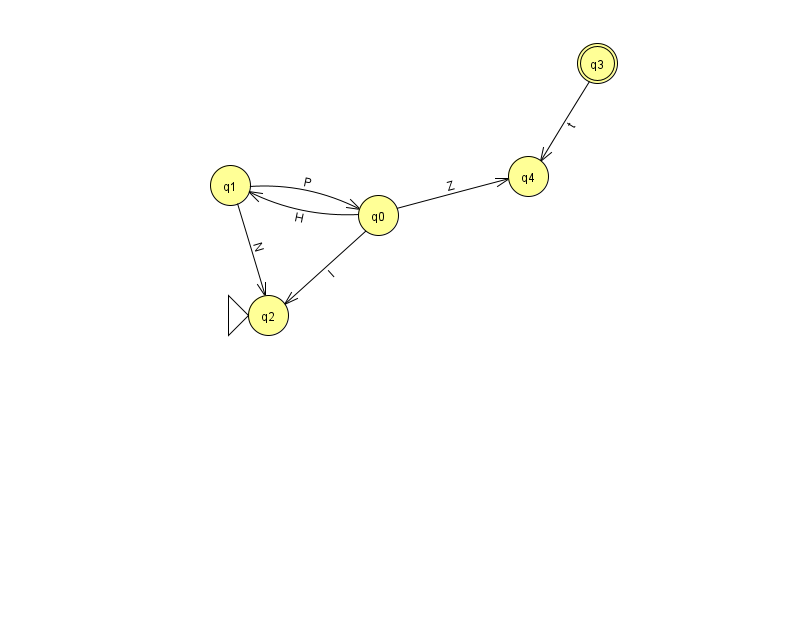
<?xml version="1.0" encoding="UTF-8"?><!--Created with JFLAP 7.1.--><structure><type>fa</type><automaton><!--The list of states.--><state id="0" name="q0"><x>378.0</x><y>202.0</y></state><state id="1" name="q1"><x>230.0</x><y>172.0</y></state><state id="2" name="q2"><x>268.0</x><y>302.0</y><initial/></state><state id="3" name="q3"><x>597.0</x><y>50.0</y><final/></state><state id="4" name="q4"><x>528.0</x><y>163.0</y></state><!--The list of transitions.--><transition><from>1</from><to>0</to><read>P</read></transition><transition><from>3</from><to>4</to><read>t</read></transition><transition><from>0</from><to>4</to><read>Z</read></transition><transition><from>0</from><to>1</to><read>H</read></transition><transition><from>0</from><to>2</to><read>l</read></transition><transition><from>1</from><to>2</to><read>N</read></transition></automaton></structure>